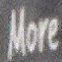
More